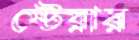
স্টেয়ার